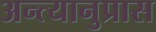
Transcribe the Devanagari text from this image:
अन्त्यानुप्रास